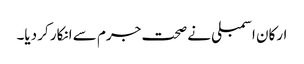
ارکان اسمبلی نے صحت جرم سے انکار کر دیا۔